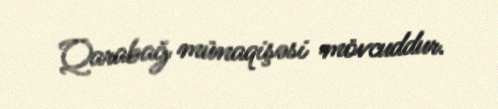
Qarabağ münaqişəsi mövcuddur.